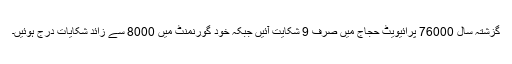
گزشتہ سال 76000 پرائیویٹ حجاج میں صرف 9 شکایت آئیں جبکہ خود گورنمنٹ میں 8000 سے زائد شکایات درج ہوئیں۔